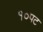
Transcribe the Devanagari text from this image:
१०पट